Papers set at the Examination for Leaving Certificates, 1891
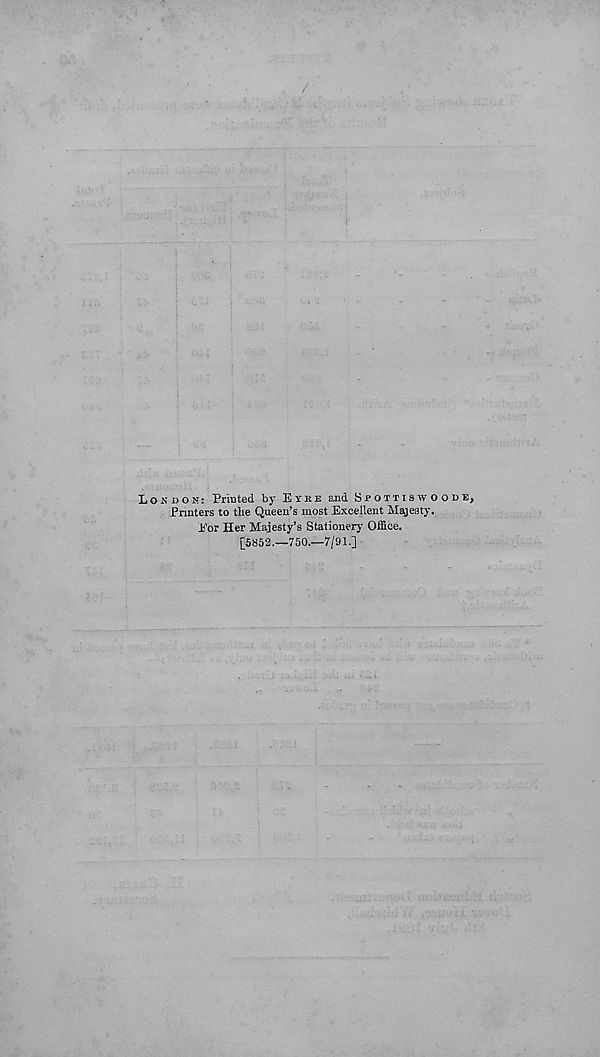
London: Printed by Eyke ajid Sd otti sw o o de,
Pnnters to the Queen’s most Excellent Majesty.
Eor Her Majesty’s Stationery Office.
[5852.—750.—7/91.]